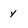
Character: Y